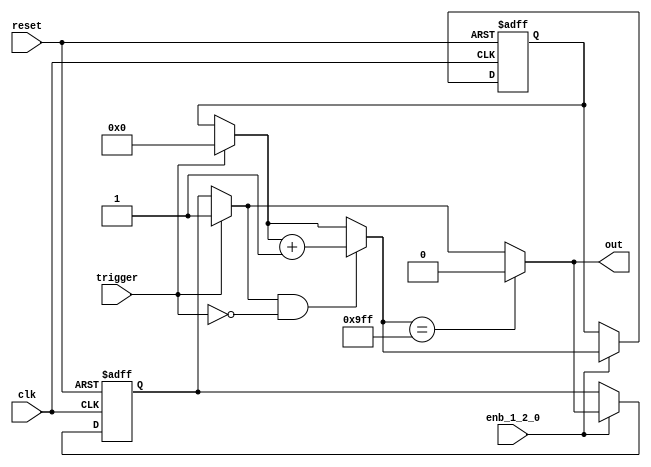
// -------------------------------------------------------------
// 
// 
// Generated by MATLAB 9.13 and HDL Coder 4.0
// 
// -------------------------------------------------------------


// -------------------------------------------------------------
// 
// Module: whdlOFDMTx_MATLAB_Function5
// Source Path: whdlOFDMTx/Frame Controller and Input Sampler/Frame Controller/Generate OFDM Modulator Ready/Control 
// OFDM Signal Generation/Disable OFDM Generation/MATLAB Function
// Hierarchy Level: 7
// 
// -------------------------------------------------------------

`timescale 1 ns / 1 ns

module whdlOFDMTx_MATLAB_Function5
          (clk,
           reset,
           enb_1_2_0,
           trigger,
           out);


  input   clk;
  input   reset;
  input   enb_1_2_0;
  input   trigger;
  output  out;


  reg  out_1;
  reg [11:0] count;  // ufix12
  reg  state;
  reg [11:0] count_next;  // ufix12
  reg  state_next;
  reg [11:0] count_temp;  // ufix12
  reg  state_temp;


  always @(posedge clk or posedge reset)
    begin : MATLAB_Function5_process
      if (reset == 1'b1) begin
        count <= 12'b000000000000;
        state <= 1'b0;
      end
      else begin
        if (enb_1_2_0) begin
          count <= count_next;
          state <= state_next;
        end
      end
    end

  always @(count, state, trigger) begin
    count_temp = count;
    state_temp = state;
    // %% Executes in single clock cycle
    if (trigger) begin
      state_temp = 1'b1;
      count_temp = 12'b000000000000;
    end
    if (state_temp && ( ! trigger)) begin
      count_temp = count_temp + 12'b000000000001;
    end
    if (count_temp == 12'b100111111111) begin
      state_temp = 1'b0;
    end
    out_1 = state_temp;
    count_next = count_temp;
    state_next = state_temp;
  end



  assign out = out_1;

endmodule  // whdlOFDMTx_MATLAB_Function5